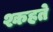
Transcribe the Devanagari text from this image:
श्कहते